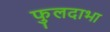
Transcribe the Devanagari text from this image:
फुलदाभा